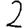
Digit: 2